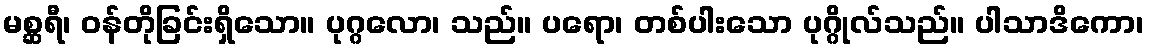
မစ္ဆရီ၊ ဝန်တိုခြင်းရှိသော။ ပုဂ္ဂလော၊ သည်။ ပရော၊ တစ်ပါးသော ပုဂ္ဂိုလ်သည်။ ပါသာဒိကော၊